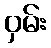
ဝှမ်း